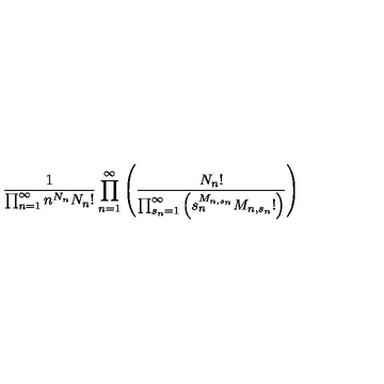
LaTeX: \frac { 1 } { \prod _ { n = 1 } ^ { \infty } n ^ { N _ { n } } N _ { n } ! } \prod _ { n = 1 } ^ { \infty } \left( \frac { N _ { n } ! } { \prod _ { s _ { n } = 1 } ^ { \infty } \left( s _ { n } ^ { M _ { n , s _ { n } } } M _ { n , s _ { n } } ! \right) } \right)